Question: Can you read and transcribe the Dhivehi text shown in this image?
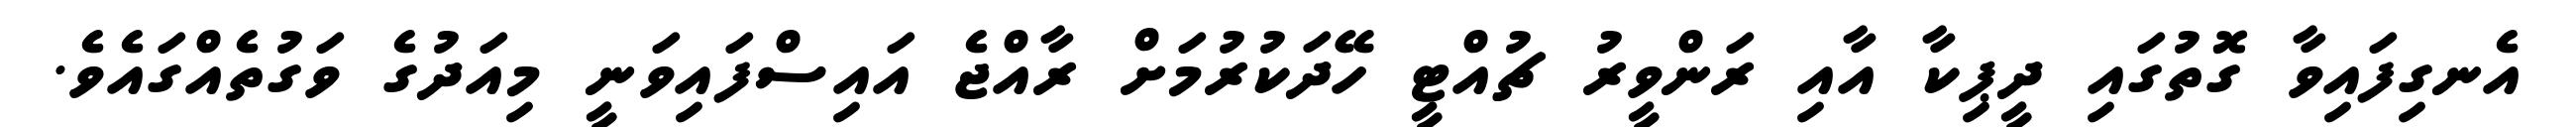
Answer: އެނގިފައިވާ ގޮތުގައި ދީޕިކާ އާއި ރަންވީރު ޗުއްޓީ ހޭދަކުރުމަށް ރާއްޖެ އައިސްފައިވަނީ މިއަދުގެ ވަގުތެއްގައެވެ.